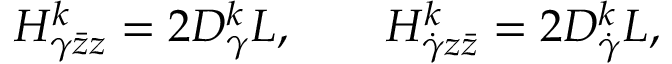
H _ { \gamma \bar { z } z } ^ { k } = 2 D _ { \gamma } ^ { k } L , \qquad H _ { \dot { \gamma } z \bar { z } } ^ { k } = 2 D _ { \dot { \gamma } } ^ { k } L ,